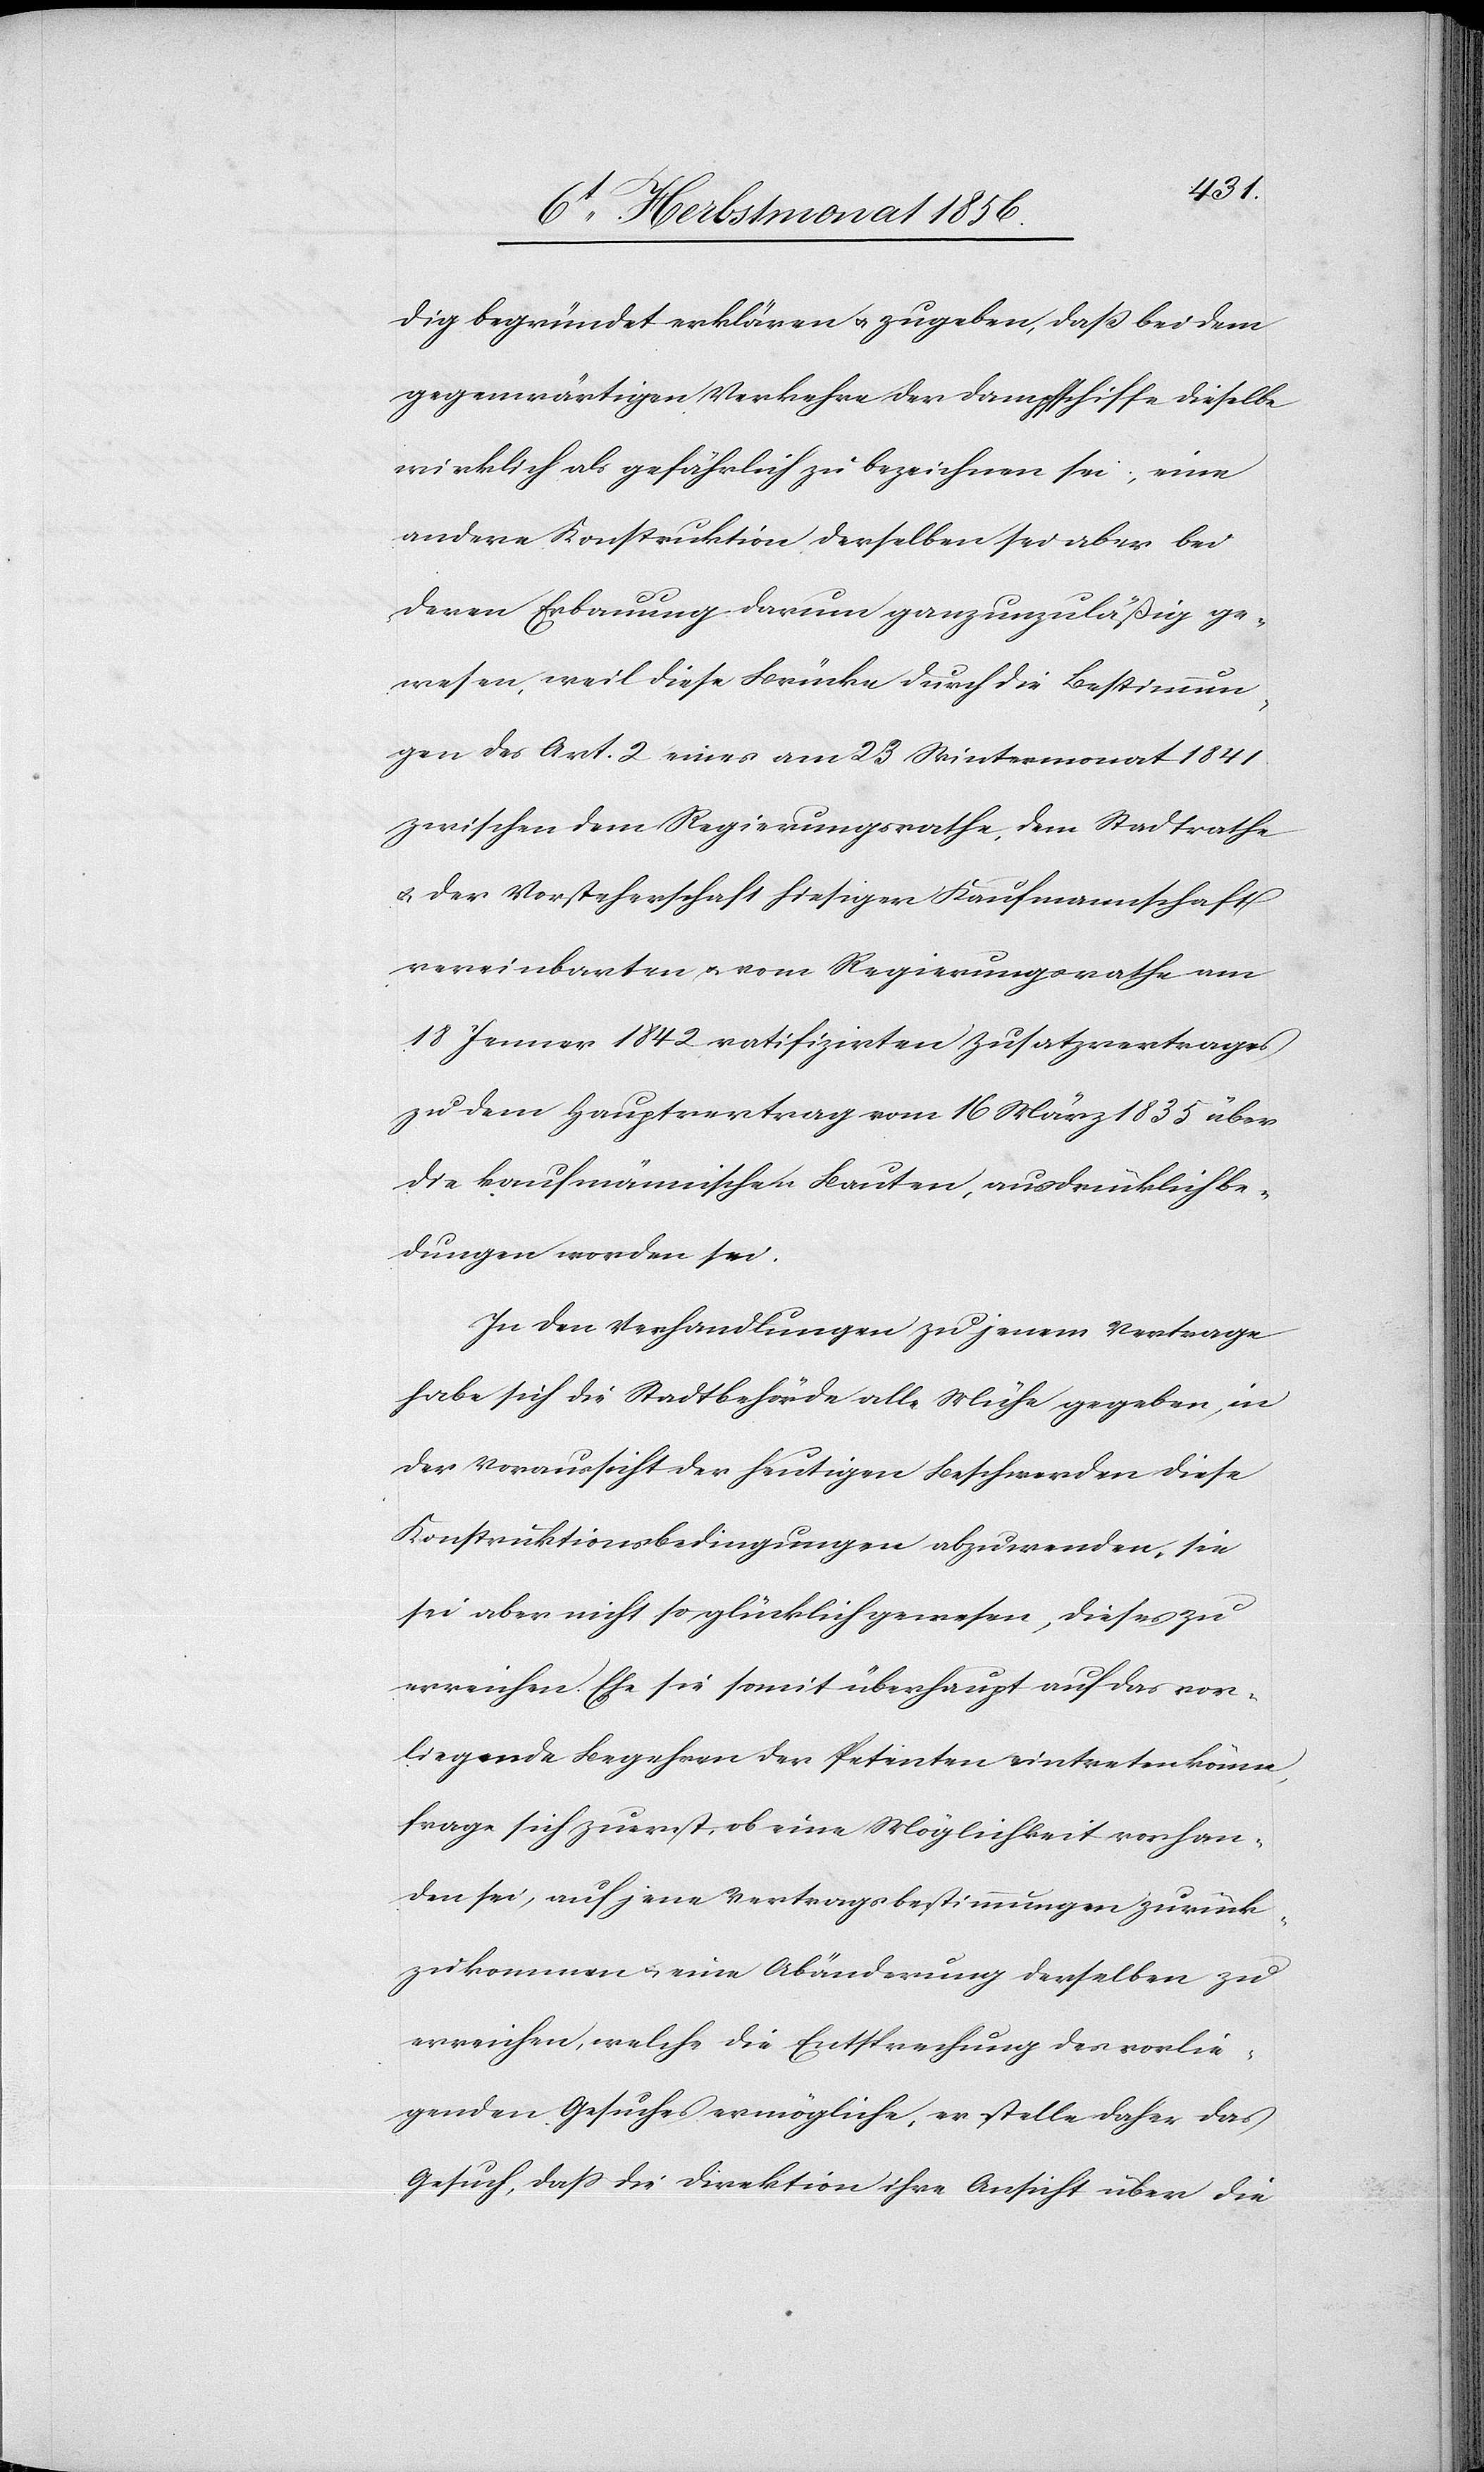
dig begründet erklären u. zugeben, dass bei dem
gegenwärtigen Verkehre der Dampfschiffe dieselbe
wirklich als gefährlich zu bezeichnen sei; eine
andere Konstruktion derselben sei aber bei
deren Erbauung darum ganz unzuläßig ge¬
wesen, weil diese Brücke durch die Bestimmun¬
gen des Art. 2 eines am 23 Wintermonat 1841
zwischen dem Regierungsrathe, dem Stadtrathe
u. der Vorsteherschaft hiesiger Kaufmannschaft
vereinbarten u. vom Regierungsrathe am
18 Jenner 1842 ratifizirten Zusatzvertrages
zu dem Hauptvertrag vom 16 März 1835 über
die kaufmännischen Bauten, ausdrücklich be¬
dungen worden sei.
In den Verhandlungen zu jenem Vertrage
habe sich die Stadtbehörde alle Mühe gegeben, in
der Voraussicht der heutigen Beschwerden diese
Konstruktionsbedingungen abzuwenden, sie
sei aber nicht so glücklich gewesen, dieses zu
erreichen. Ehe sie somit überhaupt auf das vor¬
liegende Begehren der Petenten eintreten könne,
frage sich zuerst, ob eine Möglichkeit vorhan¬
den sei, auf jene Vertragsbestimmungen zurück¬
zukommen u. eine Abänderung derselben zu
erreichen, welche die Entsprechung des vorlie¬
genden Gesuches ermögliche, er stelle daher das
Gesuch, dass die Direktion ihre Ansicht über die